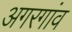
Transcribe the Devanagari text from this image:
अगरगांव